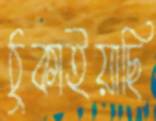
ঠুকাইয়াছি